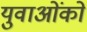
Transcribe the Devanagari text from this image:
युवाओंको